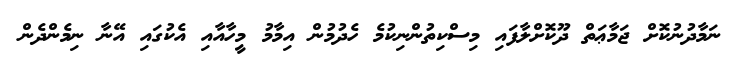
ނަމާދުނުކޮށް ޖަމާޢަތް ދޫކޮށްލާފައި މިސްކިތުންނިކުމެ ހެދުމުން އިމާމު މީހާއާއި އެކުގައި އޭނާ ނިމެންދެން